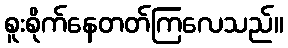
စူးစိုက်နေတတ်ကြလေသည်။